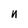
Character: n